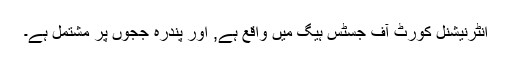
انٹرنیشنل کورٹ آف جسٹس ہیگ میں واقع ہے, اور پندرہ ججوں پر مشتمل ہے۔